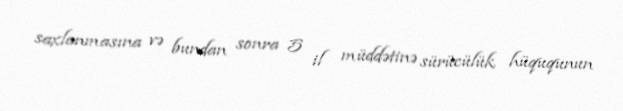
saxlanmasına və bundan sonra 5 il müddətinə sürücülük hüququnun